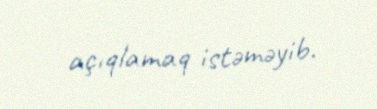
açıqlamaq istəməyib.